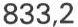
833,2